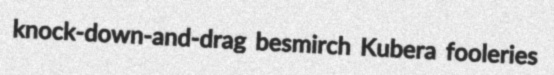
knock-down-and-drag besmirch Kubera fooleries